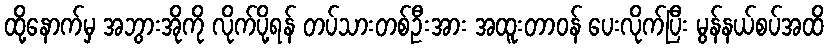
ထို့နောက်မှ အဘွားအိုကို လိုက်ပို့ရန် တပ်သားတစ်ဦးအား အထူးတာဝန် ပေးလိုက်ပြီး မွန်နယ်စပ်အထိ